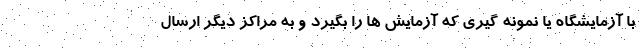
با آزمایشگاه یا نمونه گیری که آزمایش ها را بگیرد و به مراکز دیگر ارسال